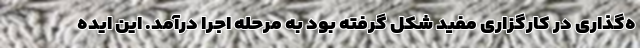
ه‌گذاری در کارگزاری مفید شکل گرفته بود به مرحله اجرا درآمد. این ایده